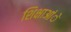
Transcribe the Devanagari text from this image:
शिक्षाआंे